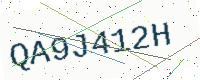
Text: QA9J412H